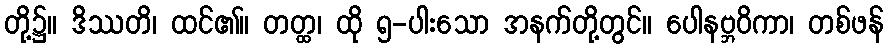
တို့၌။ ဒိဿတိ၊ ထင်၏။ တတ္ထ၊ ထို ၅-ပါးသော အနက်တို့တွင်။ ပေါနဗ္ဘဝိကာ၊ တစ်ဖန်